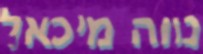
נווה מיכאל